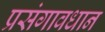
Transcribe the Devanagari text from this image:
प्रसंगावधान